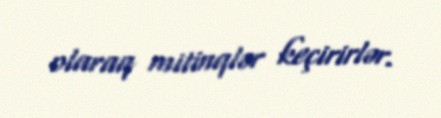
olaraq mitinqlər keçirirlər.